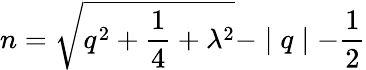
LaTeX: n=\sqrt{q^{2}+\frac 14+\lambda^{2}}-\mid q\mid-\frac 12